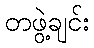
တဖွဲ့ချင်း